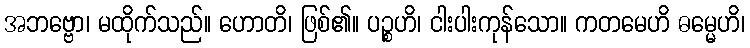
အဘဗ္ဗော၊ မထိုက်သည်။ ဟောတိ၊ ဖြစ်၏။ ပဉ္စဟိ၊ ငါးပါးကုန်သော။ ကတမေဟိ ဓမ္မေဟိ၊